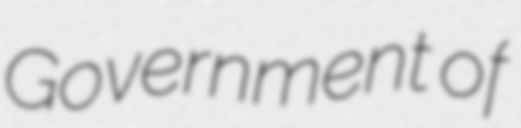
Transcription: Government of